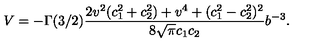
V = - \Gamma ( 3 / 2 ) \frac { 2 v ^ { 2 } ( c _ { 1 } ^ { 2 } + c _ { 2 } ^ { 2 } ) + v ^ { 4 } + ( c _ { 1 } ^ { 2 } - c _ { 2 } ^ { 2 } ) ^ { 2 } } { 8 \sqrt { \pi } c _ { 1 } c _ { 2 } } b ^ { - 3 } .